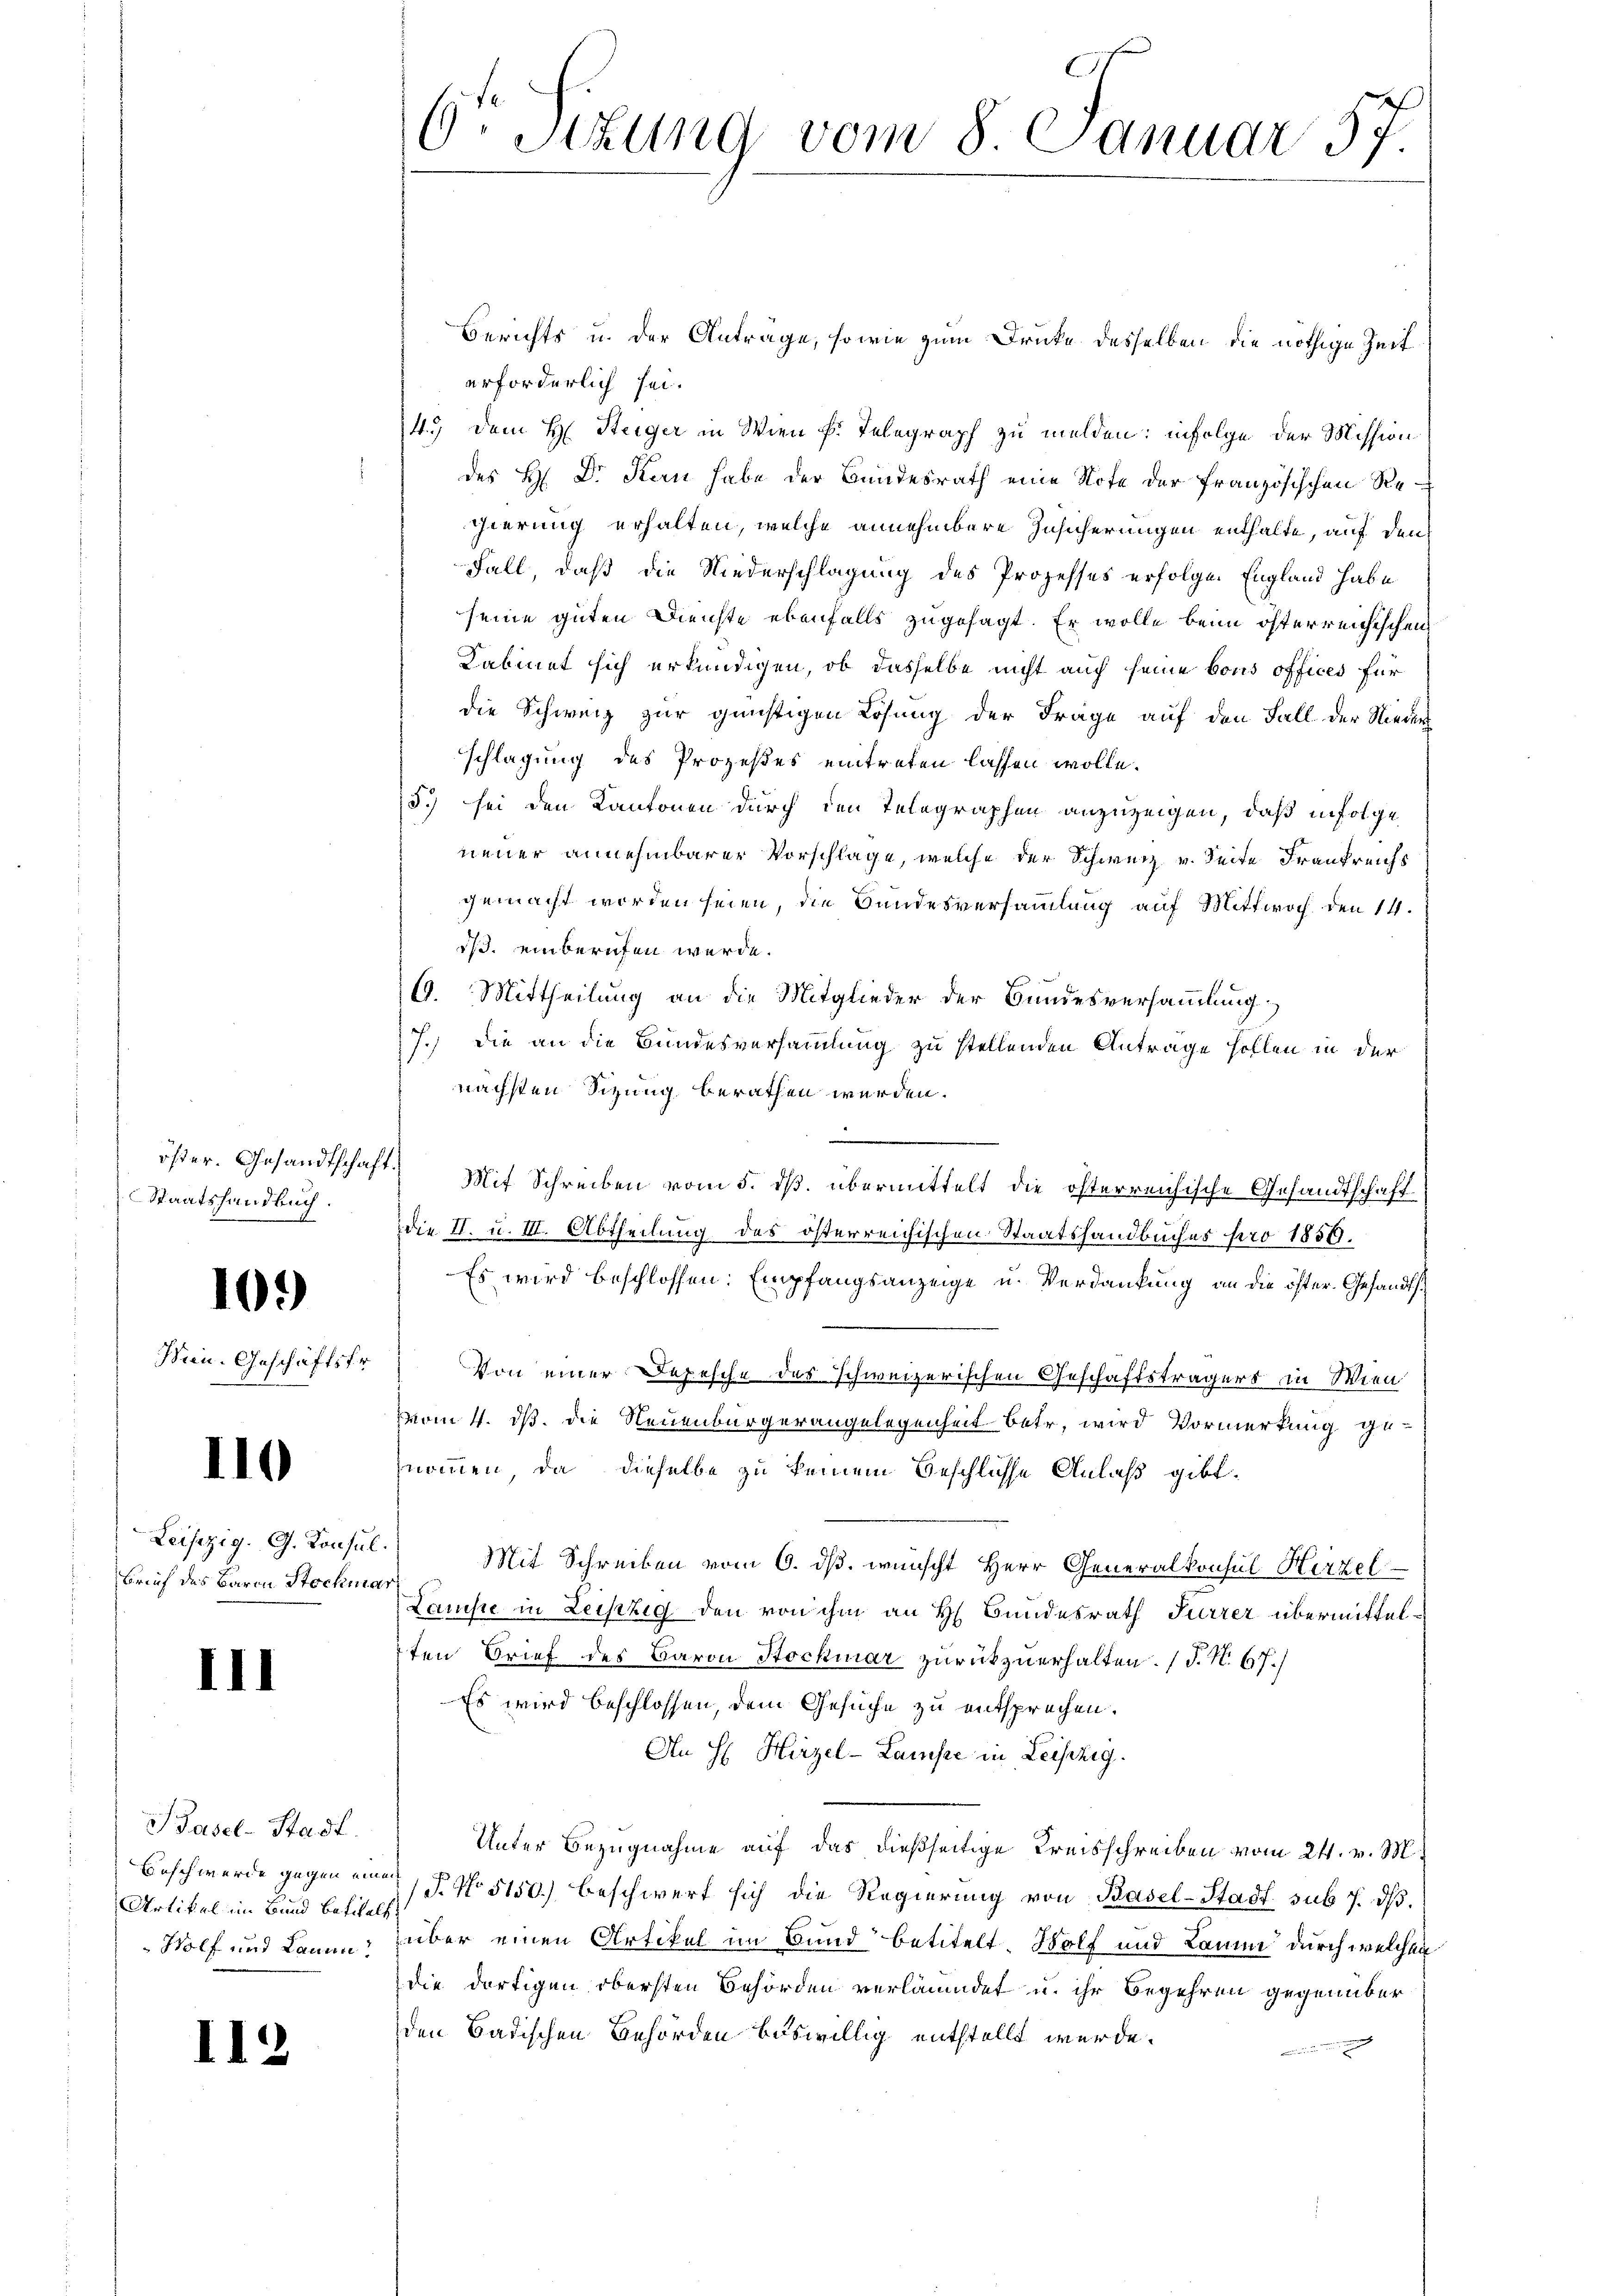
Staatshandbuch.

109

110

Leisezig. G. Konsul.
Brief des Barrn Stochmar

III

Basel-Stadt.
Artikel im Bund betitelt.

Berichts u. der Anträge, sowie zum Drucke desselben die nöthige Zeit
erforderlich sei.
4.) Dem H. Steiger in Wien Fr. Telegraph zu melden: infolge der Mission
des H. Dr. Stan habe der Bundesrath eine Note der französischen Regierung erhalten, welche annehmbare Zusicherungen enthalte, auf den
Fall, daß die Niederschlagung des Prozesses erfolgen England habe
seine guten Dienste ebenfalls zugesagt. Er wolle beim österreichischen
Kabinet sich erkundigen, ob dasselbe nicht auch seine bous offices für
die Schweiz zur günstigen Lösung der Frage auf den Fall der Nieder
schlagung des Prozeßes eintreten lassen wolle.
5.) sei den Kantonen durch den Telegraphen anzuzeigen, daß infolge
neuer annehmbarer Vorschläge, welche der Schweiz v. Seite Frankreichs
gemacht worden seien, die Bundesversammlung auf Mittwoch den 14.
is. einberufen werde.
6. Mittheilung an die Mitglieder der Bundesversammlung,
7.) Die an die Bundesversammlung zu stellenden Antrage sollen in der
nächsten Sizung berathen werden.

öster. Gesandtschaft) Mit Schreiben vom 5. ds. übermittelt die öfterreichische Gesandtschaft
die II. u. III. Abtheilung des österreichischen Staatshandbuches pro 1850.
Es wird beschlossen: Empfangsanzeige u. Verdankung an die öfter Gesandts¬
Min. Geschäftstr. Von einer Depesche des schweizerischen Geschäftsträgers in Wien
vom 4. ds. die Neuenburgerangelegenheit betr. wird Vormerkung ge-
nommen, da dieselbe zu keinem Beschlüsse Anlaß gibt.
Mit Schreiben vom 6. ds. wünscht Herr Generalkonsul Hirzel
Lanisie in Leipzig den von ihm an H. Bundesrath Furrer übermittelten Brief des Baron Stockmar zurückzuerhalten. (T. N. 67.)
Es wird beschlossen, dem Gesuche zu entsprechen.
An H Hirzel-Lamste in Leipzig.
Unter Bezugnahme auf das dießseitige Kreisschreiben vom 24. v. M.
Beschwerde gegen einer P. No 5150.) beschwert sich die Regierung von Basel-Stadt sub 7. ds.
Wolf und kann, über einen Artikel im Bund“ betitelt. Wolf und Raum durch welchen
die dortigen obersten Behörden verläumdet u. ihr Begehren gegenüber
den Badischen Behörden biswillig entstellt wurde.

6t Sizung vom 8. Januar 57.